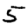
Digit: 5